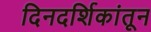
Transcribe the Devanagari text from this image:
दिनदर्शिकांतून